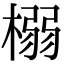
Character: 榒